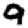
Digit: 9